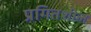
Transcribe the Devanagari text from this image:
प्रगितशील